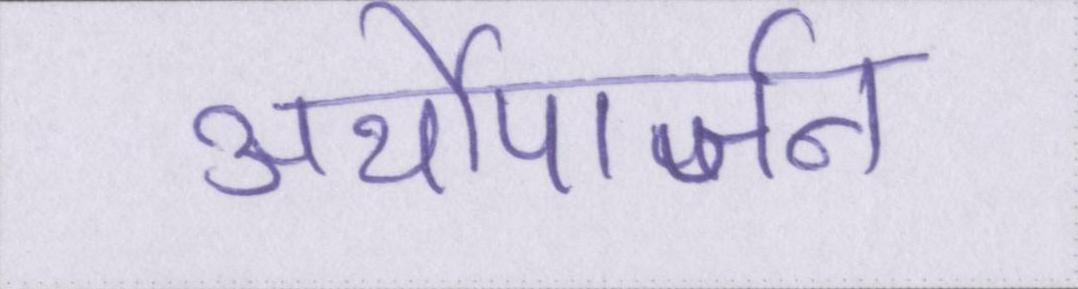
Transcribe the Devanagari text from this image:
अर्थोपार्जन